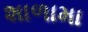
શાળામા